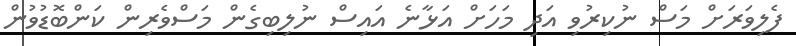
ފެލިވަރަށް މަސް ނުކިރުވި އަދި މަހަށް އަޅާނެ އައިސް ނުލިބިގެން މަސްވެރިން ކަންބޮޑުވުން